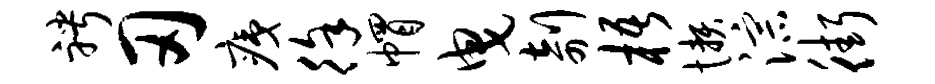
聘刃痍徐帽曳剞梧懒淙街